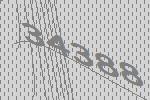
34388